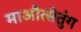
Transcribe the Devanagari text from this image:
माऔत्सेतुंग